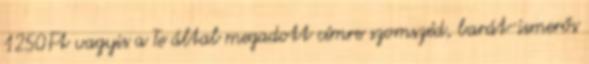
1250Ft vagyis a Te által megadott címre szomszéd, barát-ismerős